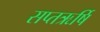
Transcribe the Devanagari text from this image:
सप्तऋर्षि